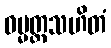
ဓမ္မတ္ထသဟိတံ